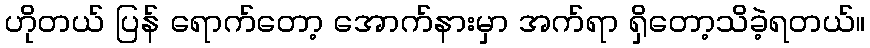
ဟိုတယ် ပြန် ရောက်တော့ အောက်နားမှာ အက်ရာ ရှိတော့သိခဲ့ရတယ်။